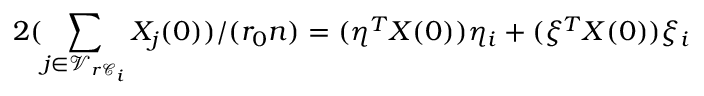
2 ( \sum _ { j \in \mathcal { V } _ { r \mathcal { C } _ { i } } } X _ { j } ( 0 ) ) / ( r _ { 0 } n ) = ( \eta ^ { T } X ( 0 ) ) \eta _ { i } + ( \xi ^ { T } X ( 0 ) ) \xi _ { i }